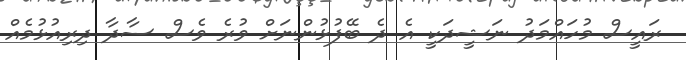
ރައީސް މުހައްމަދު ނަޝީދަކީ އެ ދެ ބޭފުޅުންނަށް ވުރެ ވެސް ސާދާ ދިރިއުޅުމެއް